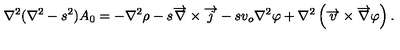
\nabla ^ { 2 } ( \nabla ^ { 2 } - s ^ { 2 } ) A _ { 0 } = - \nabla ^ { 2 } \rho - s \overrightarrow { \nabla } \times \overrightarrow { j } - s v _ { o } \nabla ^ { 2 } \varphi + \nabla ^ { 2 } \left( \overrightarrow { v } \times \overrightarrow { \nabla } \varphi \right) .